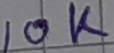
Text: 10kΩ